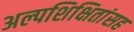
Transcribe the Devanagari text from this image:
अल्पशिक्षितांसह